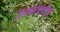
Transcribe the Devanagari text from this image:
हतगडवाडीचे